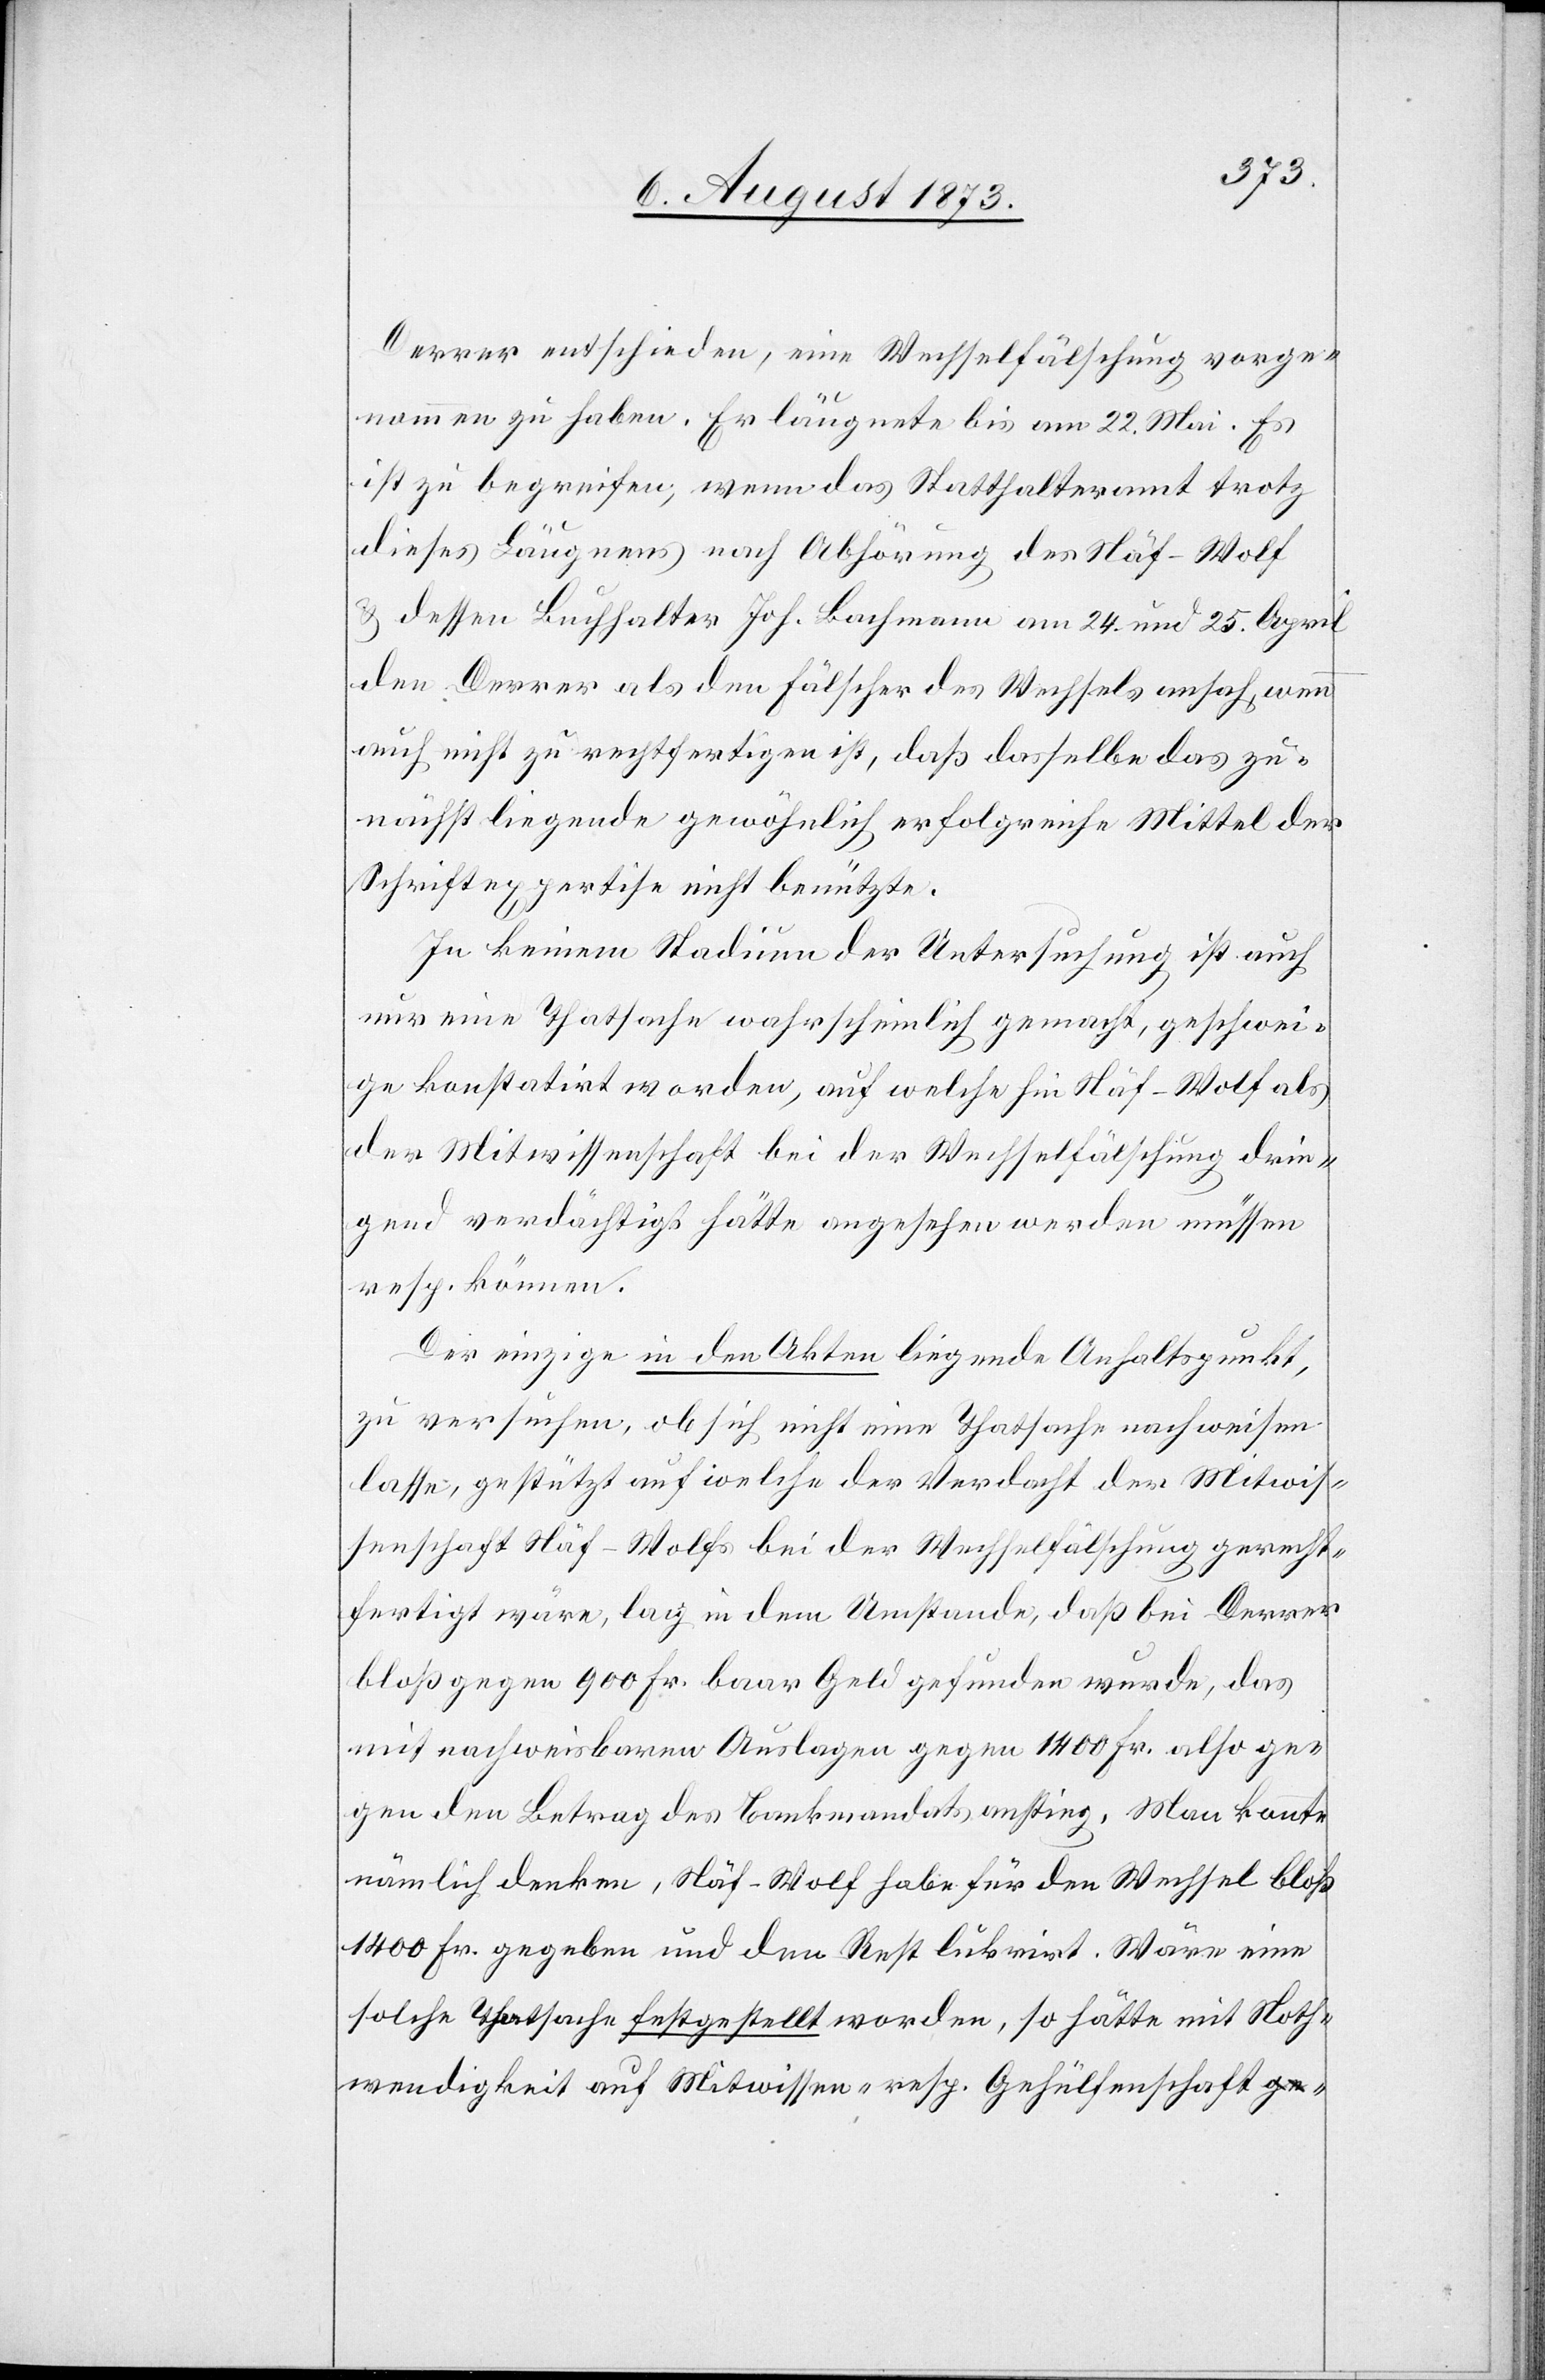
Derrer entschieden, eine Wechselfälschung vorge¬
nommen zu haben. Er läugnete bis am 22. Mai. Es
ist zu begreifen, wenn das Statthalteramt trotz
dieses Läugnens nach Abhörung des Näf-Wolf
& dessen Buchhalter Joh. Bachmann am 24. und 25. April
den Derrer als den Fälscher des Wechsels ansah, wenn
auch nicht zu rechtfertigen ist, daß dasselbe das zu¬
nächst liegende gewöhnlich erfolgreiche Mittel der
Schriftexpertise nicht benützte.
In keinem Stadium der Untersuchung ist auch
nur eine Thatsache wahrscheinlich gemacht, geschwei¬
ge konstatirt worden, auf welche hin Näf-Wolf als
der Mitwissenschaft bei der Wechselfälschung drin¬
gend verdächtigt hätte angesehen werden müssen
resp. können.
Der einzige in den Akten liegende Anhaltspunkt,
zu versuchen, ob sich nicht eine Thatsache nachweisen
lasse, gestützt auf welche der Verdacht der Mitwis¬
senschaft Näf-Wolf bei der Wechselfälschung gerecht¬
fertigt wäre, lag in dem Umstande, daß bei Derrer
bloß gegen 900 Fr. baar Geld gefunden wurde, das
mit nachweisbaren Auslagen gegen 1 400 Fr. also ge¬
gen den Betrag des Bankmandats anstieg. Man konnte
nämlich denken, Näf-Wolf habe für den Wechsel bloß
1 400 Fr. gegeben und den Rest lukrirt. Wäre eine
solche Thatsache festgestellt worden, so hätte mit Noth¬
wendigkeit auf Mitwissen- resp. Gehülfenschaft